DOW-UAP-D48, Department of the Air Force Report, 1996
Agency: Department of War
Incident date: 9/10/96
Page 28
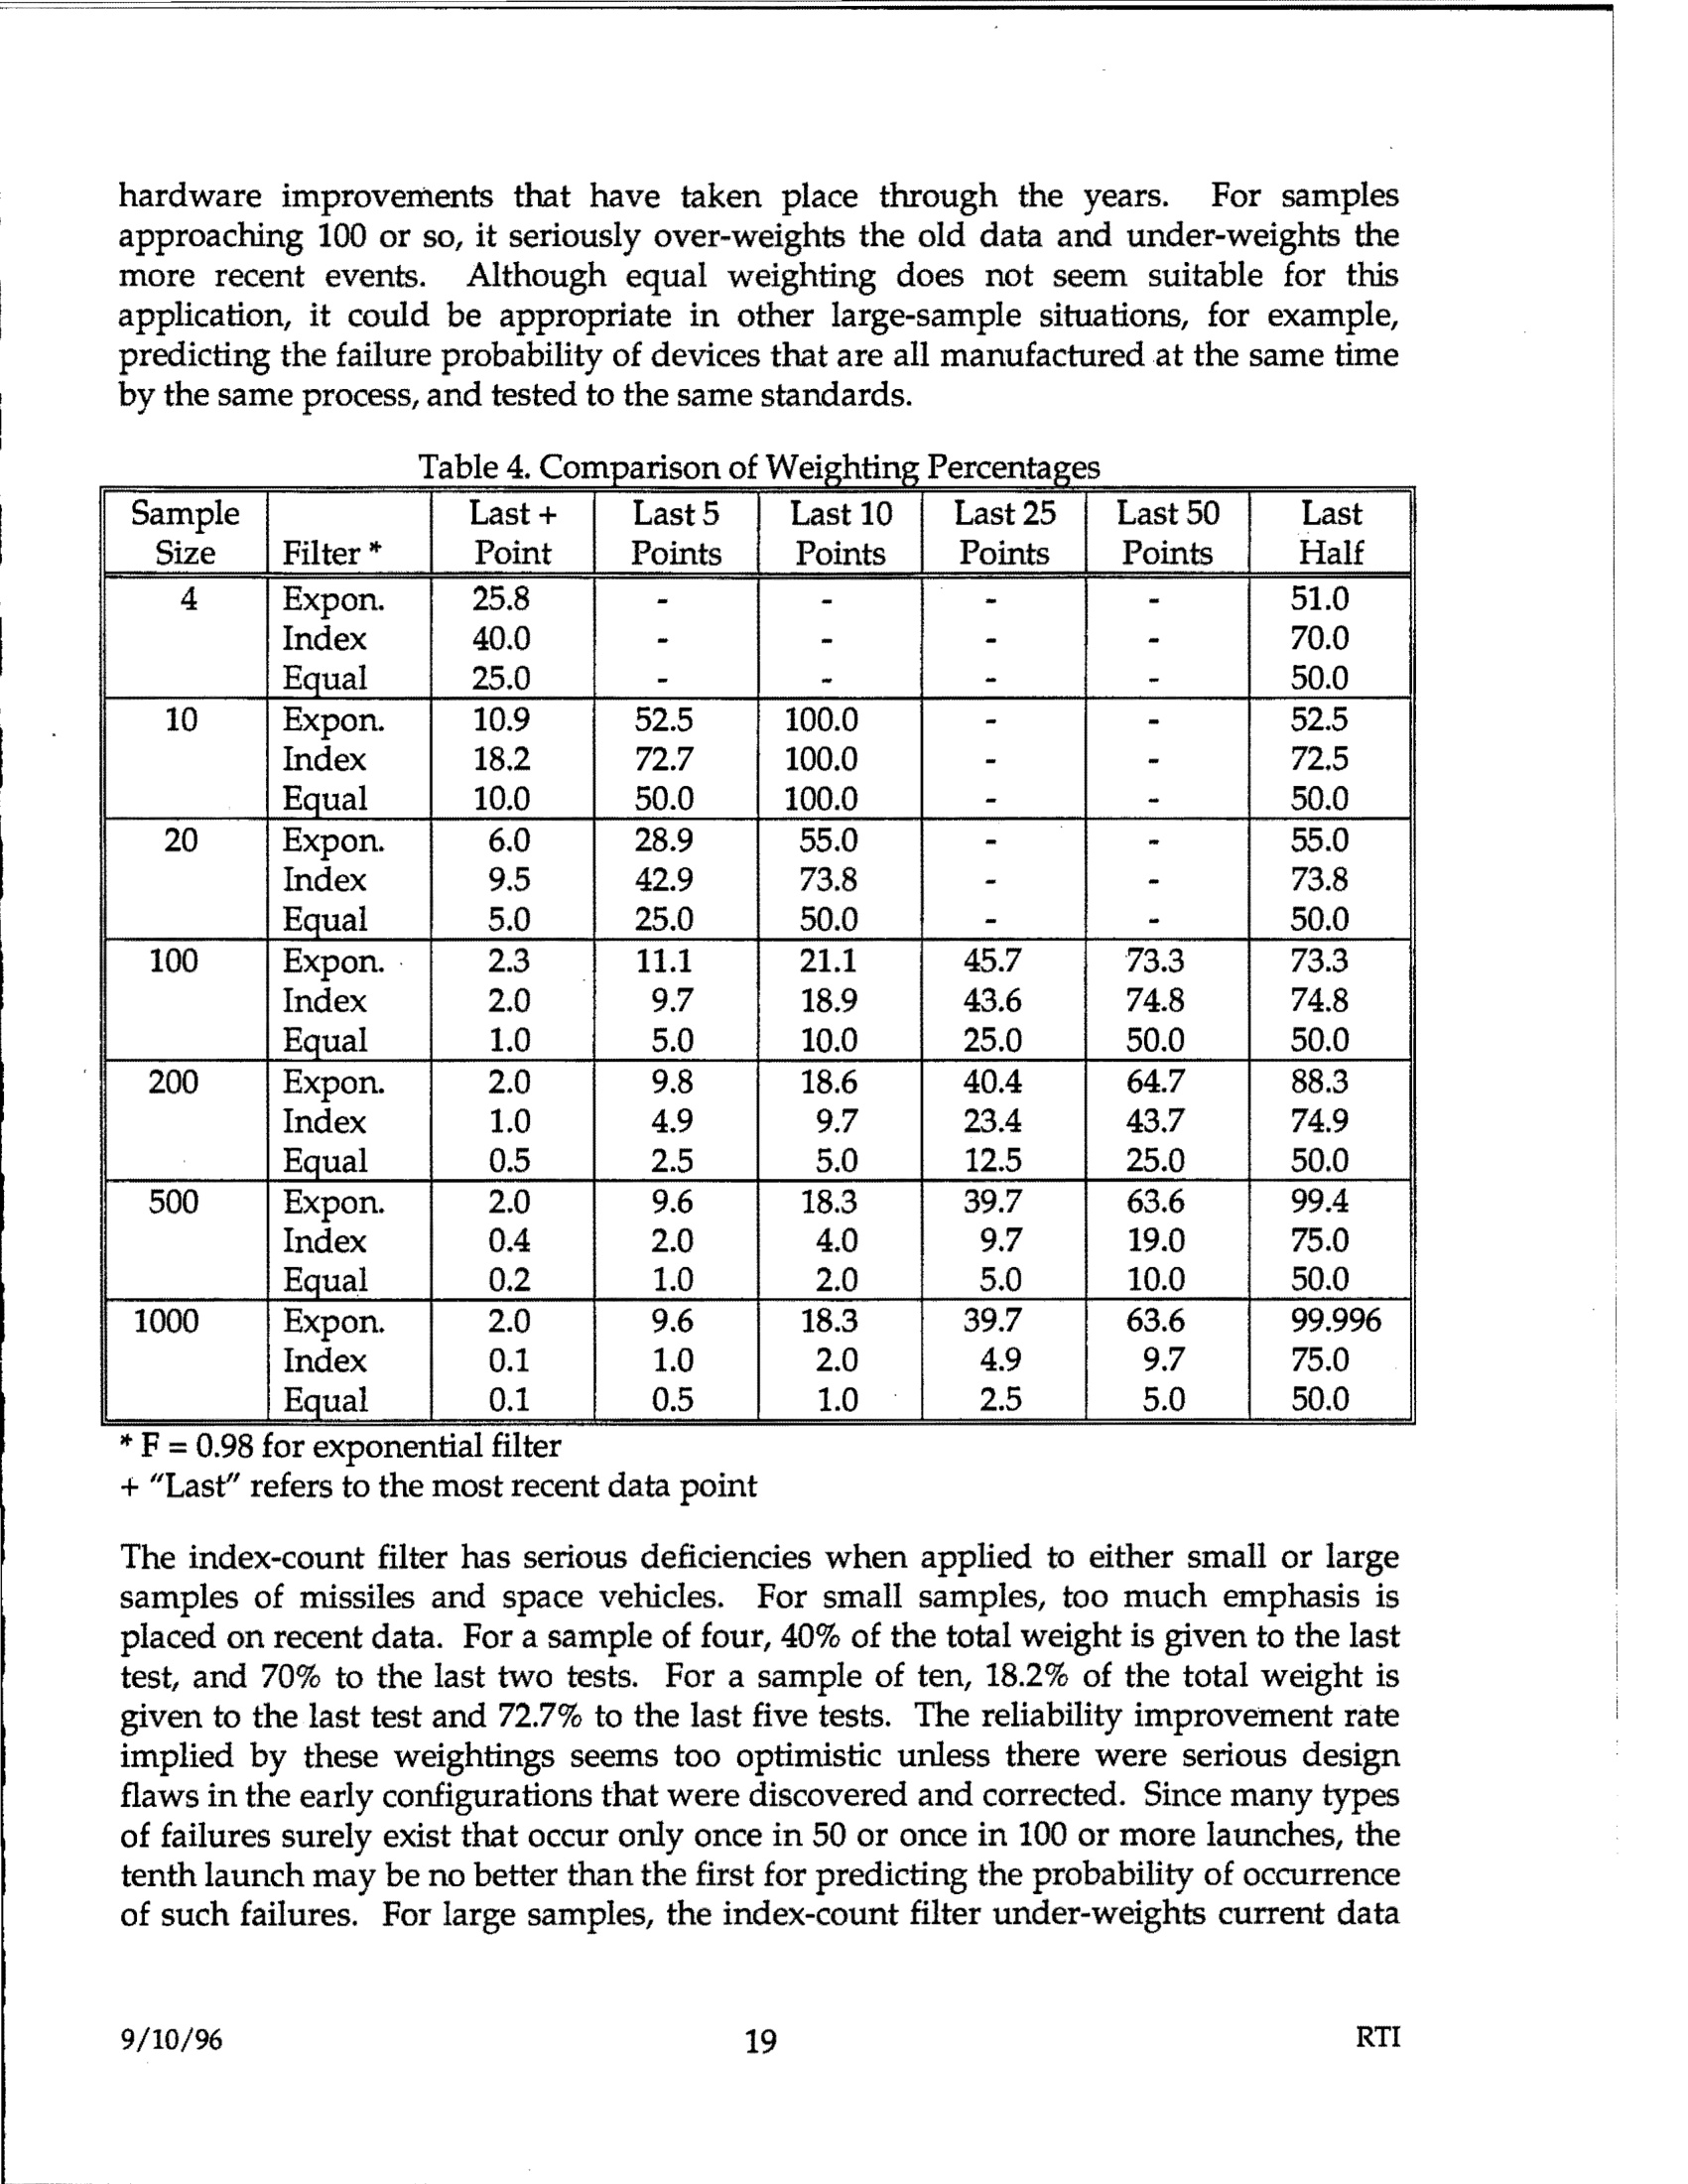